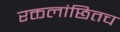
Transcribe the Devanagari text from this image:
रक्तलांछितच